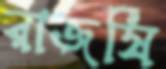
রাজর্ষি